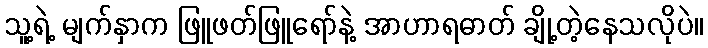
သူ့ရဲ့ မျက်နှာက ဖြူဖတ်ဖြူရော်နဲ့ အာဟာရဓာတ် ချို့တဲ့နေသလိုပဲ။